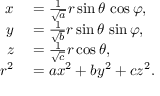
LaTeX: \begin{array} { r l } { x } & { { } = { \frac { 1 } { \sqrt { a } } } r \sin \theta \, \cos \varphi , } \\ { y } & { { } = { \frac { 1 } { \sqrt { b } } } r \sin \theta \, \sin \varphi , } \\ { z } & { { } = { \frac { 1 } { \sqrt { c } } } r \cos \theta , } \\ { r ^ { 2 } } & { { } = a x ^ { 2 } + b y ^ { 2 } + c z ^ { 2 } . } \end{array}